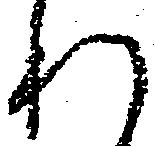
れ